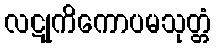
လဋုကိကောပမသုတ္တံ